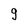
Character: 9